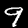
Label: 9